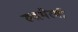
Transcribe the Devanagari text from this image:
रुद्रभैरवी